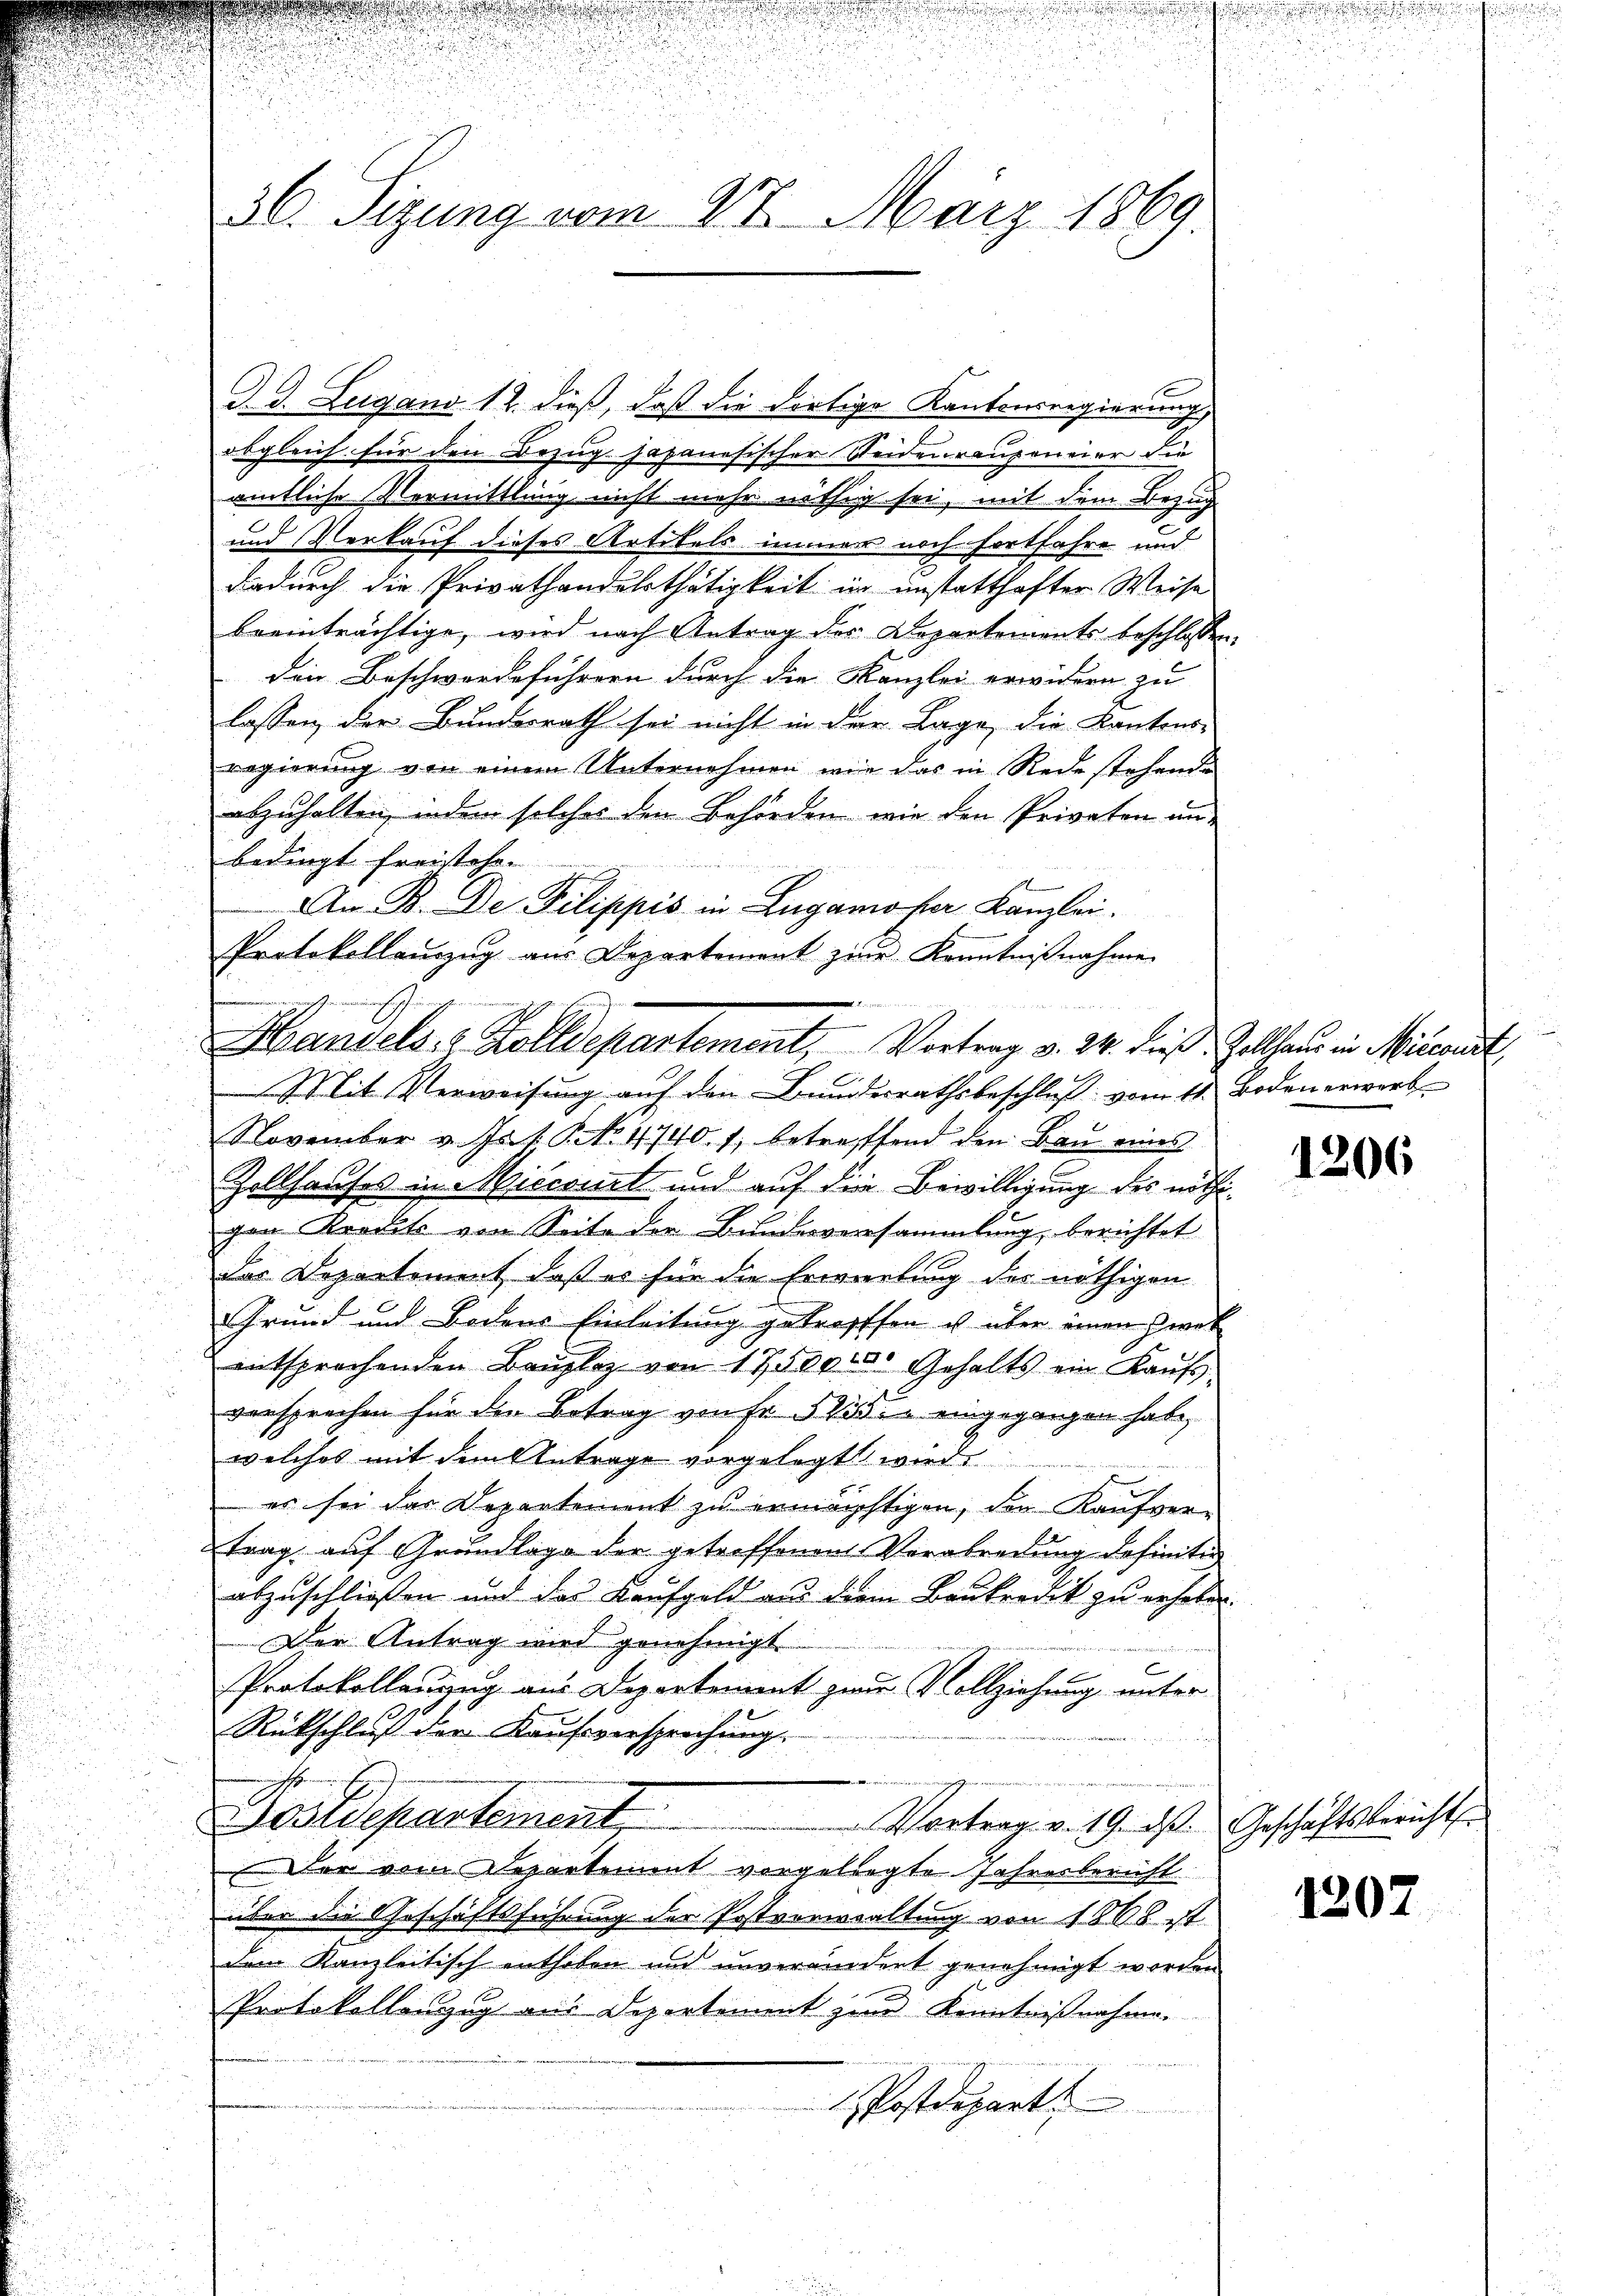
J. J. Zugano 12. dieß, daß die dortige Kantonsregierung,
obgleich für den Bezug japanesischer Steidenraugeneier die
amtliche Vermittlung nicht mehr nöthig sei, mit dem Bezug
und Verkauf dieses Artikels immer noch fortfahre und
dadurch die Privathandelsthätigkeit in unstatthafter Weise
beeinträchtige, wird nach Antrag der Departements beschlossen:
den Beschwerdeführern durch die Kanzlei erwidern zu |
lassen der Bundesrath sei nicht in der Lage, die Kantons-
regierung von einem Unternehmen wie das in Rede stehende
abzuhalten, indem solches den Behörden, wie den Privaten unbedingt Freistehe.
An B. De Pilippis in Lugano per Kanzlei.
Protokollanzug aus Departement zur Kenntnißnahme
November v. Js. f. P. No. 4740. 1, betreffend den Bau eines
Zollhauses in Miccomit und auf die Bewilligung des nöthigen Krauts von Seite der Bundesversammlung, berichtet
das Departement, daß es für die Erwerbung des nöthigen
Grund und Bodens Einleitung getroffen ist über einen Zwek
entsprechenden Bauplaz von 17500 000 Gehalts ein Kaŭf
versprechen für den Betrag von fr 535. eingegangen habe,
welches mit dem Antrage vorgelegt wird.
es sei das Departement zu ermächtigen, den Kaufvertrag auf Grundlage der getreffenen Verabredung definitiv
abzuschliessen und das Kaufgeld aus dem Baukredik zu erhaben.
Der Antrag wird genehmigt.
Protokollanung aus Departement zum Vollziehung unter
Rückschluß der Kaufsversprechung
Postdepartement,
Vortrag v. 19. ds. Geschäftsbericht
Der vom Departement vorgelegte Jahresbericht
über die Geschäftsführung der Postverwaltung von 1868 ist
dem Kanzleitisch enthoben und unvereindert genehmigt worden
Protokollenzug aus Departement zur Kenntnißnahme.
Postdepart.

.
36. Sizung vom 27. März 1869.

Handels- & Zolldepartement, Vortrag v. 24. dieß. Zollhaus in Miscanat
C
Mit Verweisung auf den Bundesrathsbeschluß vom 11. Boden erwerb

.
n

1206

1207